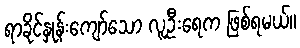
ရာခိုင်နှုန်းကျော်သော လူဦးရေက ဖြစ်ရမယ်။